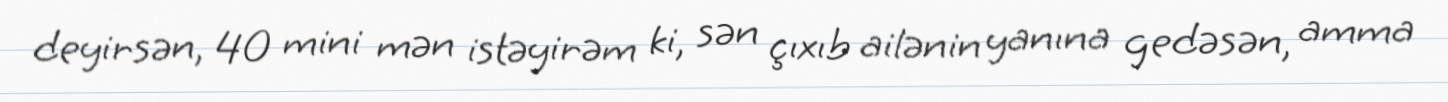
deyirsən, 40 mini mən istəyirəm ki, sən çıxıb ailənin yanına gedəsən, amma